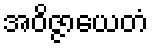
အဝိဇ္ဇာယေတံ